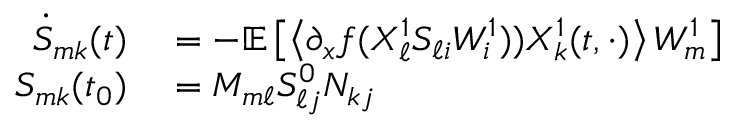
\begin{array} { r l } { \dot { S } _ { m k } ( t ) } & { { } = - \mathbb { E } \left[ \left\langle \partial _ { x } f ( X _ { \ell } ^ { 1 } S _ { \ell i } W _ { i } ^ { 1 } ) ) X _ { k } ^ { 1 } ( t , \cdot ) \right\rangle W _ { m } ^ { 1 } \right] } \\ { S _ { m k } ( t _ { 0 } ) } & { { } = M _ { m \ell } S _ { \ell j } ^ { 0 } N _ { k j } } \end{array}